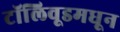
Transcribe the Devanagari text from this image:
टॉलिवूडमधून